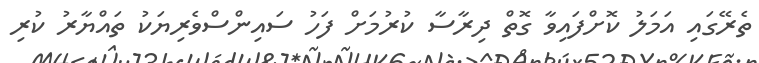
ތެރޭގައި އަމަލު ކޮށްފައިވާ ގޮތް ދިރާސާ ކުރުމަށް ފަހު ސައިންސްވެރިޔަކު ތައްޔާރު ކުރި